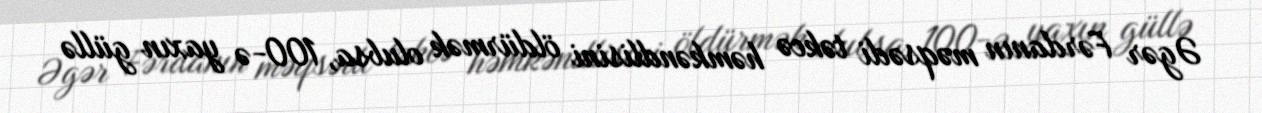
Əgər Fərdanın məqsədi təkcə həmkəndlisini öldürmək olubsa, 100-ə yaxın güllə